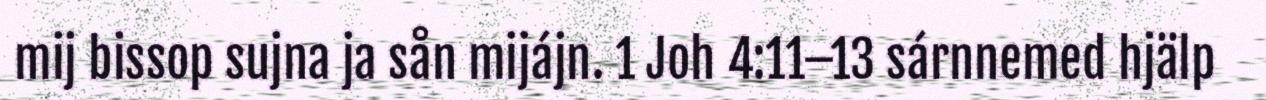
mij bissop sujna ja sån mijájn. 1 Joh 4:11–13 sárnnemed hjälp